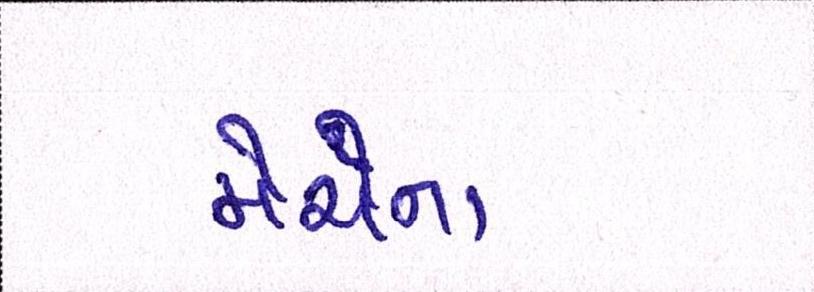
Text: મેચના